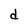
Character: d